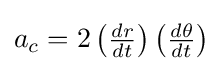
{\textstyle a_{c}=2\left({\frac {dr}{dt}}\right)\left({\frac {d\theta }{dt}}\right)}